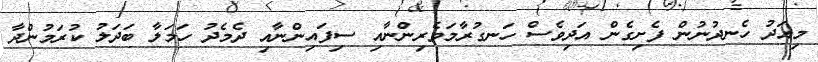
މިއަދު ހެނދުނުން ފެށިގެން އަދިވެސް ހަނގުރާމަވެރިންނާއި ސިފައިންނާއި ދެމެދު ހަމަލާ ބަދަލު ކުރަމުންދާ